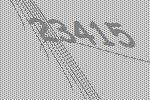
23415